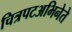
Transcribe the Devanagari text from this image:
चित्रपटअभिनेते